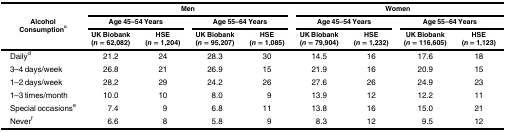
| <ROWSPAN=3> Alcohol Consumptionc | <COLSPAN=4> Men | <COLSPAN=4> Women |
 | <COLSPAN=2> Age 45–54 Years | <COLSPAN=2> Age 55–64 Years | <COLSPAN=2> Age 45–54 Years | <COLSPAN=2> Age 55–64 Years |
 | UK Biobank (n = 62,082) | HSE (n = 1,204) | UK Biobank (n = 95,207) | HSE (n = 1,085) | UK Biobank (n = 79,904) | HSE (n = 1,232) | UK Biobank (n = 116,605) | HSE (n = 1,123) |
 | --- | --- | --- | --- | --- | --- | --- | --- | --- |
 | Dailyd | 21.2 | 24 | 28.3 | 30 | 14.5 | 16 | 17.6 | 18 |
 | 3–4 days/week | 26.8 | 21 | 26.9 | 15 | 21.9 | 16 | 20.9 | 15 |
 | 1–2 days/week | 28.2 | 29 | 24.2 | 26 | 27.6 | 26 | 24.9 | 23 |
 | 1–3 times/month | 10.0 | 10 | 8.0 | 9 | 13.9 | 12 | 12.2 | 11 |
 | Special occasionse | 7.4 | 9 | 6.8 | 11 | 13.8 | 16 | 15.0 | 21 |
 | Neverf | 6.6 | 8 | 5.8 | 9 | 8.3 | 12 | 9.5 | 12 |